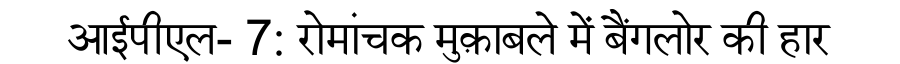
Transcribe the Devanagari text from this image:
आईपीएल- 7: रोमांचक मुक़ाबले में बैंगलोर की हार